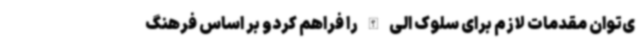
ی‌توان مقدمات لازم برای سلوک الی الله را فراهم کردو بر اساس فرهنگ